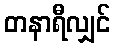
တနာရီလျှင်